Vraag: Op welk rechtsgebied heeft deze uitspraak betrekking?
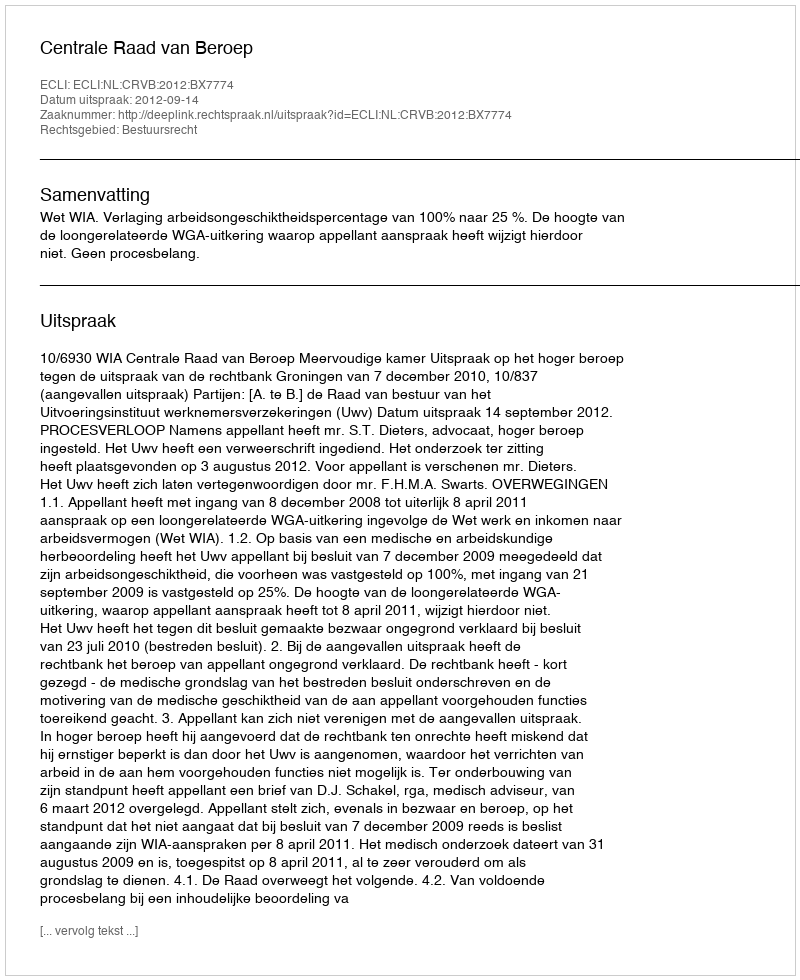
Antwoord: Bestuursrecht